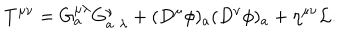
T ^ { \mu \nu } = G _ { a } ^ { \mu \lambda } G _ { a \, \, \lambda } ^ { \nu } + ( D ^ { \mu } \phi ) _ { a } ( D ^ { \nu } \phi ) _ { a } + \eta ^ { \mu \nu } { \cal L } .